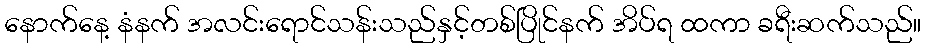
နောက်နေ့ နံနက် အလင်းရောင်သန်းသည်နှင့်တစ်ပြိုင်နက် အိပ်ရ ထကာ ခရီးဆက်သည်။